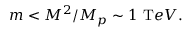
m < { M ^ { 2 } / M _ { p } } \sim 1 ~ { \mathrm { T } e V } .